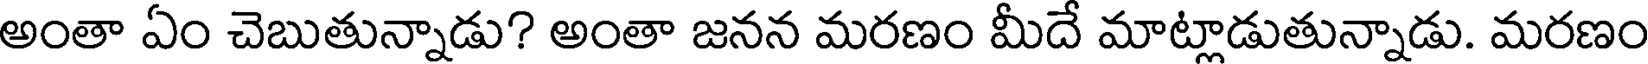
అంతా ఏం చెబుతున్నాడు? అంతా జనన మరణం మీదే మాట్లాడుతున్నాడు. మరణం